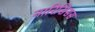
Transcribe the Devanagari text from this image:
नारिसिसस